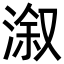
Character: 溆